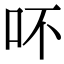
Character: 吥